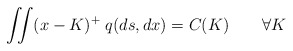
\begin{align*}\iint (x-K)^+ \; q(ds,dx) = C(K) \qquad\forall K\end{align*}